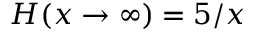
H ( x \to \infty ) = 5 / x